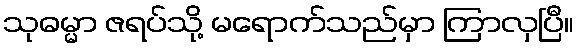
သုဓမ္မာ ဇရပ်သို့ မရောက်သည်မှာ ကြာလှပြီ။